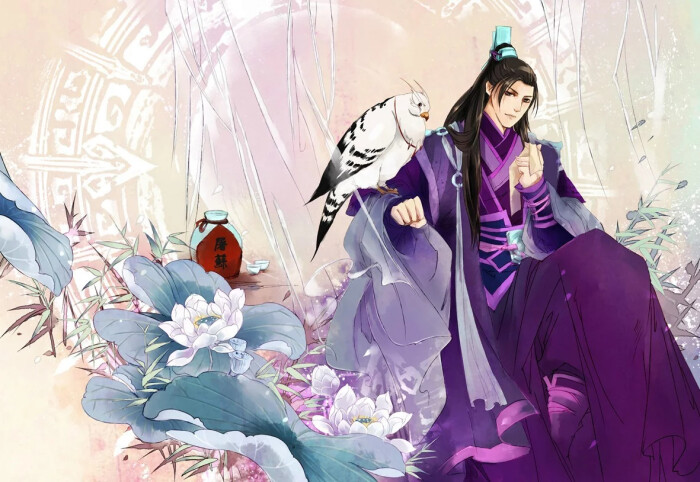
青海阵云匝，黑山兵气冲。